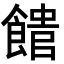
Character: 𩝡